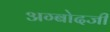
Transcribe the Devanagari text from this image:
अग्बोदजी